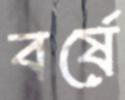
বর্ষে